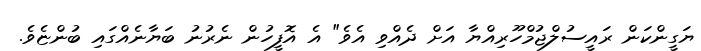
ޔަގީންކަން ރައީސުލްޖުމްހޫރިއްޔާ އަށް ދެއްވި އެވެ" އެ އޮފީހުން ނެރުނު ބަޔާނެއްގައި ބުންޏެވެ.